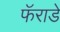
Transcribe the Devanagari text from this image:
फॅराडे